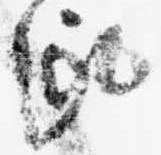
趣